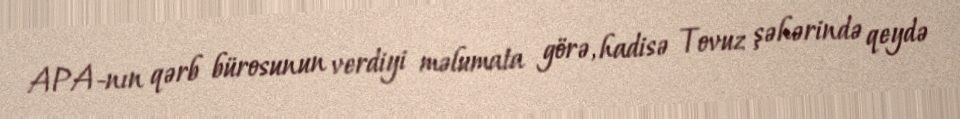
APA-nın qərb bürosunun verdiyi məlumata görə, hadisə Tovuz şəhərində qeydə